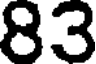
83